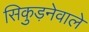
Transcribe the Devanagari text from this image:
सिकुड़नेवाले